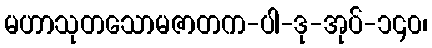
မဟာသုတသောမဇာတက-ပါ-ဒု-အုပ်-၁၄၀၊